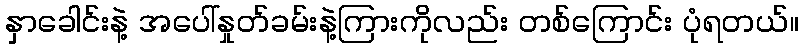
နှာခေါင်းနဲ့ အပေါ်နှုတ်ခမ်းနဲ့ကြားကိုလည်း တစ်ကြောင်း ပုံရတယ်။